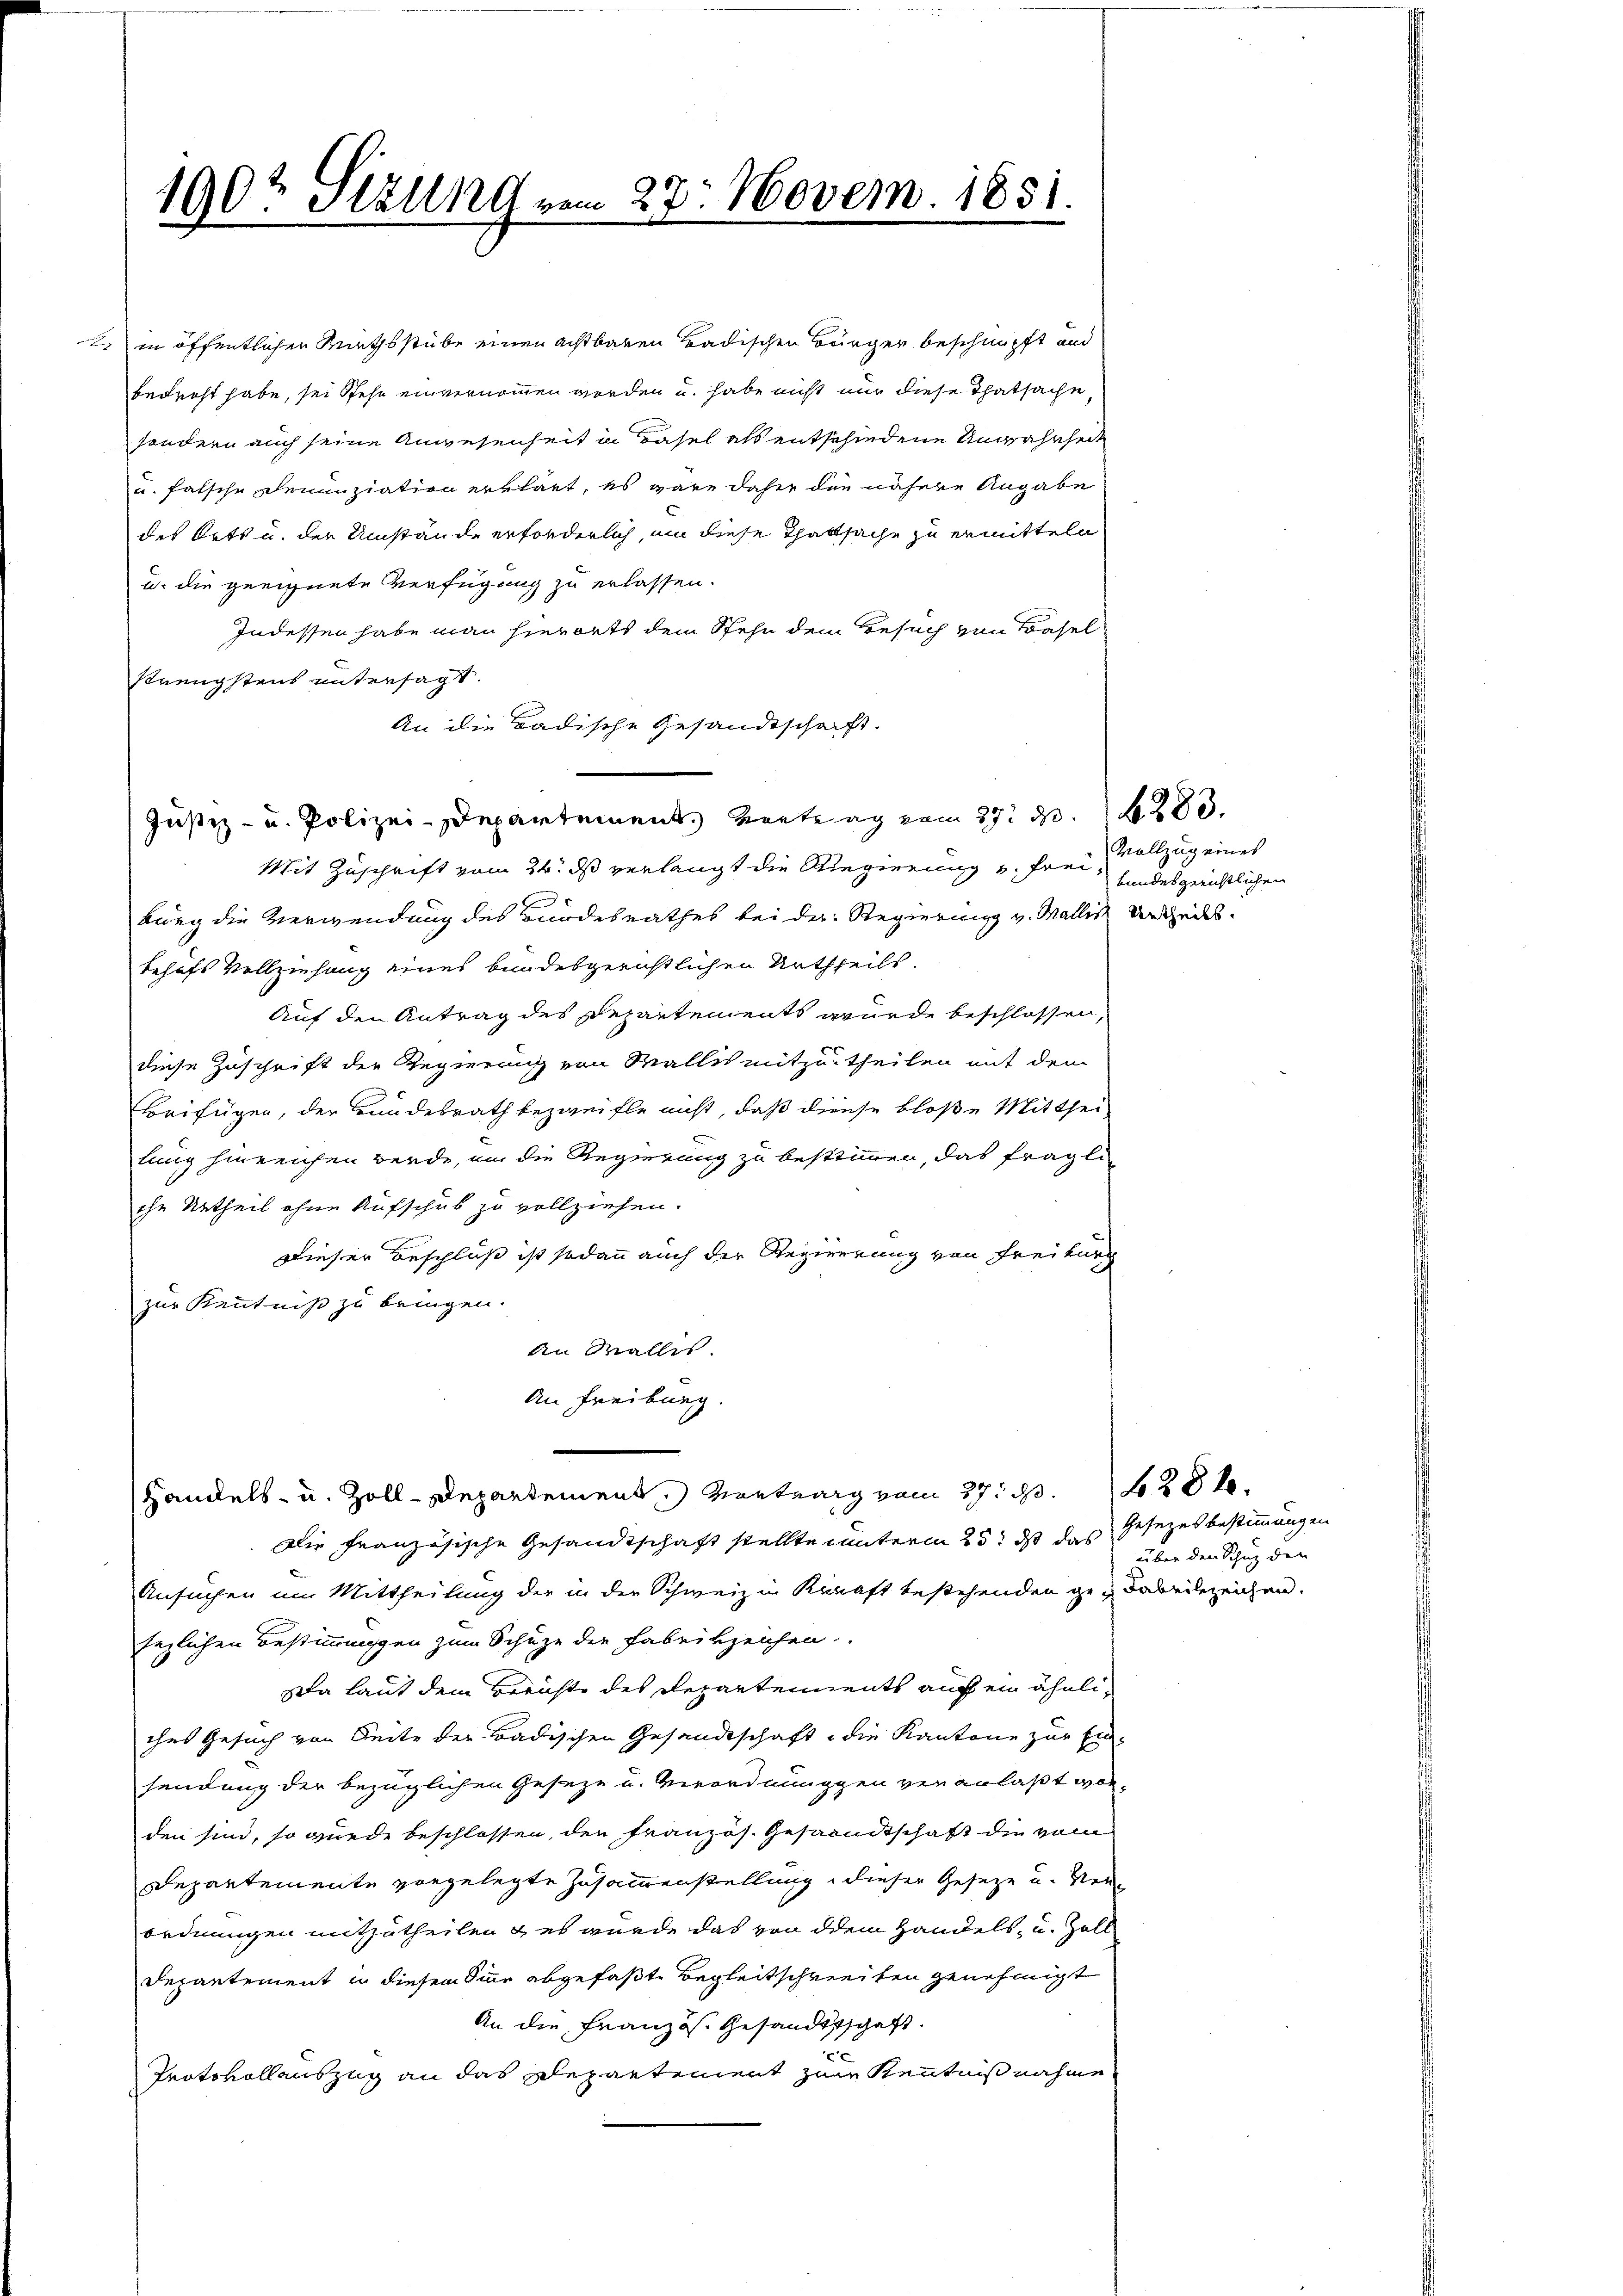
g

1902 Sizung vom 27. Novem 1851.
e

in öffentlicher Miethsstube einen achtbaren Badischen Bürger beschnüpft und
bedroht habe, sei stehe einvernommen worden u. habe nicht nur diese Thatsache,
sondern auch seine Anwesenheit in Basel als entschiedene Unwahrheit
u. falsche Denunziation erklärt, es wäre daher den nähere Angabe
des Orts u. der Umstände erforderlich, um diese Thattsache zu ermitteln
u. die geeignete Verfügung zu erlassen.
Indessen habe man hierorts dem Stehe dem Besuch von Basel
strengstens untersagt.
An die Badische Gesandtschaft.
Justiz- u. Polizei-Departement. Vortrag vom 27. d. 283.
Mit Zuschrift vom 24. ds verlangt die Regierung von Freibweg die Verwendung des Bundesrathes bei der Regierung v. Malles Urtheils
behufs Vollziehung eines bundesgerichtlichen Urtheils.
Auf den Antrag des Departements wurde beschlossen,
diese Zuschrift der Regierung von Wallis mitzutheilen mit dem
Beifügen, der Bundesrath bezweifle nicht, daß diese bloße Mittheilung hinreichen werde, um die Regierung zu bestimmen, das fragli
che Urtheil ohne Aufschub zu vollziehen.
Dieser Beschluß ist sodann auch der Regierung von Freiburg
zur Kenntniß zu bringen.
An Wallis.
An Freiburg.
Handels- u. Zoll-Departement. Vortrag vom 27. d. 28 x
Die Französische Gesandtschaft stellte unterm 25. ds das
Ansuchen um Mittheilung der in der Schweiz in Kraft bestehenden ge- dabeilezeichen.
sezlichen Bestimmungen zum Schuze die Fabrikzeichen
sta laut dem Berichte des Departements auch ein ähnliches Gesuch von Seite der Badischen Gesandtschaft die Kantone zur Ein-
sendung der bezüglichen Geseze u. Verordnunggen veranlaßt worden sind, so wurde beschlossen, den Französ. Gesandtschaft die vom
Departemente vorgelegte Zusammenstellung dieser Geseze u. Verordnungen mitzutheilen & es wurde das von dem Handels- u. Zoll
Depantement in diesem Sinne abgefaßte Begleitschreiben genehmigt
An die Französ. Gesandtschaft.
5
Protokollauszug an das Departement zur Kenntnißnahme

Vollzug eines
bundesgerichtlichen

Gesezes bestimmungen
über den Schuz den